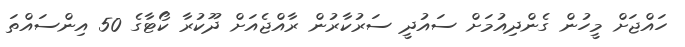
ހައްޖަށް މީހުން ގެންދިއުމަށް ސައުދީ ސަރުކާރުން ރާއްޖެއަށް ދޫކުރާ ކޯޓާގެ 50 އިންސައްތަ